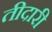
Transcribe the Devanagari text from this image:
तीदारी